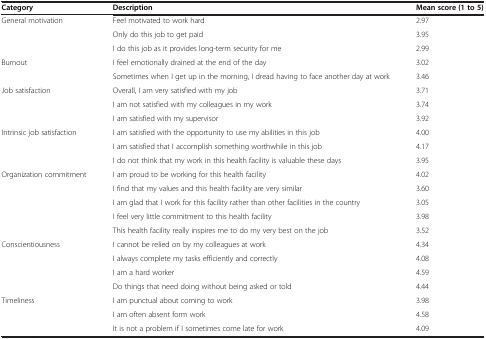
<table><thead><tr><td><b>Category</b></td><td><b>Description</b></td><td><b>Mean score (1 to 5)</b></td></tr></thead><tbody><tr><td>General motivation</td><td>Feel motivated to work hard</td><td>2.97</td></tr><tr><td> </td><td>Only do this job to get paid</td><td>3.95</td></tr><tr><td> </td><td>I do this job as it provides long-term security for me</td><td>2.99</td></tr><tr><td>Burnout</td><td>I feel emotionally drained at the end of the day</td><td>3.02</td></tr><tr><td> </td><td>Sometimes when I get up in the morning, I dread having to face another day at work</td><td>3.46</td></tr><tr><td>Job satisfaction</td><td>Overall, I am very satisfied with my job</td><td>3.71</td></tr><tr><td> </td><td>I am not satisfied with my colleagues in my work</td><td>3.74</td></tr><tr><td> </td><td>I am satisfied with my supervisor</td><td>3.92</td></tr><tr><td>Intrinsic job satisfaction</td><td>I am satisfied with the opportunity to use my abilities in this job</td><td>4.00</td></tr><tr><td> </td><td>I am satisfied that I accomplish something worthwhile in this job</td><td>4.17</td></tr><tr><td> </td><td>I do not think that my work in this health facility is valuable these days</td><td>3.95</td></tr><tr><td>Organization commitment</td><td>I am proud to be working for this health facility</td><td>4.02</td></tr><tr><td> </td><td>I find that my values and this health facility are very similar</td><td>3.60</td></tr><tr><td> </td><td>I am glad that I work for this facility rather than other facilities in the country</td><td>3.05</td></tr><tr><td> </td><td>I feel very little commitment to this health facility</td><td>3.98</td></tr><tr><td> </td><td>This health facility really inspires me to do my very best on the job</td><td>3.52</td></tr><tr><td>Conscientiousness</td><td>I cannot be relied on by my colleagues at work</td><td>4.34</td></tr><tr><td> </td><td>I always complete my tasks efficiently and correctly</td><td>4.08</td></tr><tr><td> </td><td>I am a hard worker</td><td>4.59</td></tr><tr><td> </td><td>Do things that need doing without being asked or told</td><td>4.44</td></tr><tr><td>Timeliness</td><td>I am punctual about coming to work</td><td>3.98</td></tr><tr><td> </td><td>I am often absent form work</td><td>4.58</td></tr><tr><td> </td><td>It is not a problem if I sometimes come late for work</td><td>4.09</td></tr></tbody></table>